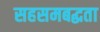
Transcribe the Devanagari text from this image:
सहसमबद्धता